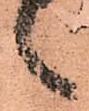
々